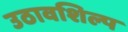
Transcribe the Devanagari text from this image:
उठावशिल्प